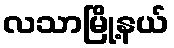
လသာမြို့နယ်